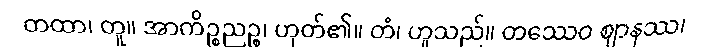
တထာ၊ တူ။ အာကိဉ္စညဉ္စ၊ ဟုတ်၏။ တံ၊ ဟူသည်။ တဿေဝ ဈာနဿ၊